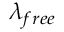
\lambda _ { f r e e }